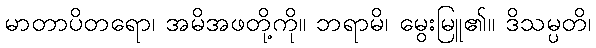
မာတာပိတရော၊ အမိအဖတို့ကို။ ဘရာမိ၊ မွေးမြူ၏။ ဒိသမ္ပတိ၊